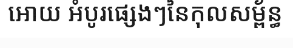
អោយ អំបូរផ្សេងៗនៃកុលសម្ព័ន្ធ